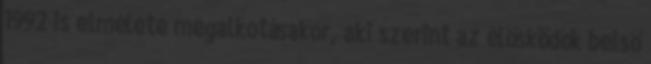
1992 is elmélete megalkotásakor, aki szerint az élősködők belső